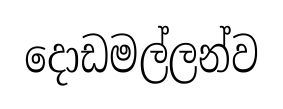
දොඩමල්ලන්ව